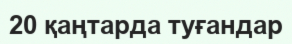
20 қаңтарда туғандар